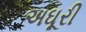
અઘૂરી